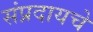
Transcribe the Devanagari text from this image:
संप्रदायचे